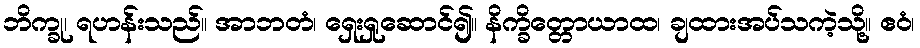
ဘိက္ခု၊ ရဟန်းသည်။ အာဘတံ၊ ရှေးရှုဆောင်၍။ နိက္ခိတ္တောယာထ၊ ချထားအပ်သကဲ့သို့။ ဧဝံ၊